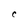
Character: C